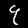
Label: 9